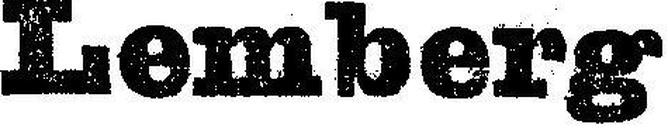
Lemberg